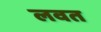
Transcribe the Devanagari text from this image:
लवत